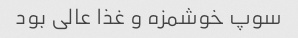
سوپ خوشمزه و غذا عالی بود